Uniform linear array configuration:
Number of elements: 32
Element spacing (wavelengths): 1
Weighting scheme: binomial
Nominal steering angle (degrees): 30
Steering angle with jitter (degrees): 30.197
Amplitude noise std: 0.05
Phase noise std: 0.05

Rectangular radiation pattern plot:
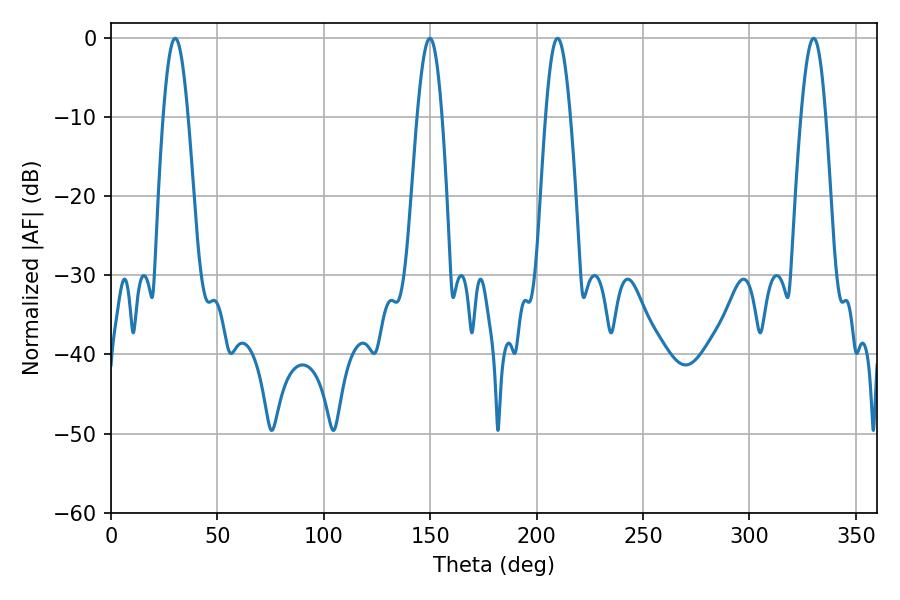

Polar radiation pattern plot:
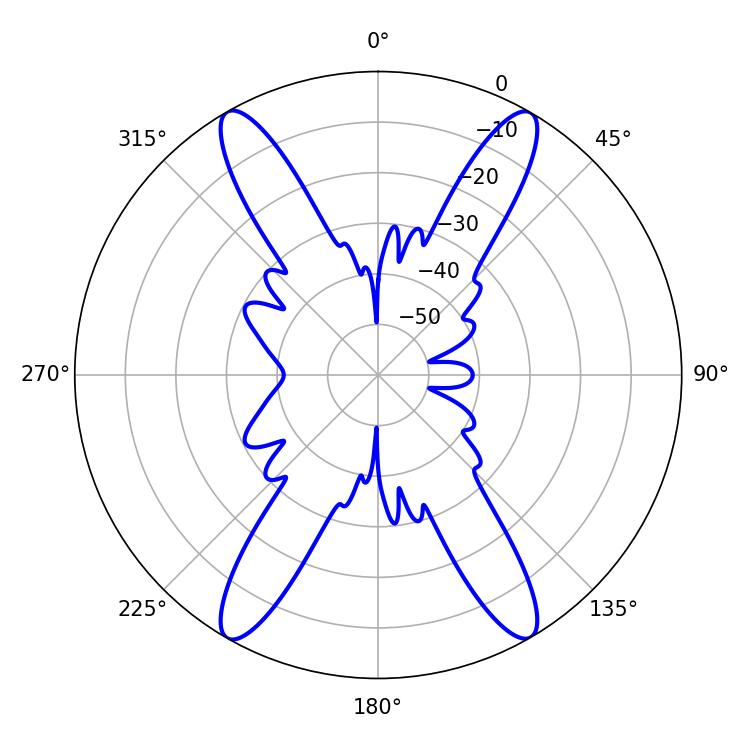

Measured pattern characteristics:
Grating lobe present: TRUE
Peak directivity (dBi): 31.902
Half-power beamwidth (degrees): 6.12
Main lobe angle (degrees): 330.12